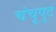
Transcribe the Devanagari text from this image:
चंचूपुट